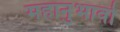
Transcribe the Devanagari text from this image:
महानुभावो